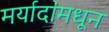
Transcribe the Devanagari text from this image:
मर्यादांमधून